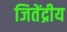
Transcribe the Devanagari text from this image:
जितेंद्रीय